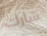
شارك